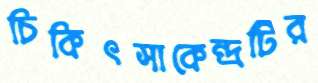
চিকিৎসাকেন্দ্রটির